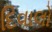
દિવાલો